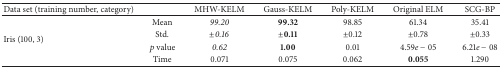
<table><thead><tr><td><b>Data set (training number, category)</b></td><td><b> </b></td><td><b>MHW-KELM</b></td><td><b>Gauss-KELM</b></td><td><b>Poly-KELM</b></td><td><b>Original ELM</b></td><td><b>SCG-BP</b></td></tr></thead><tbody><tr><td rowspan="4">Iris (100, 3)</td><td>Mean</td><td><i>99.20</i></td><td><b>99.32</b></td><td>98.85</td><td>61.34</td><td>35.41</td></tr><tr><td>Std.</td><td><i>±0.16</i></td><td><b>±0.11</b></td><td>±0.12</td><td>±0.78</td><td>±0.33</td></tr><tr><td><i>p</i> value</td><td><i>0.62</i></td><td><b>1.00</b></td><td>0.01</td><td>4.59<i>e</i> − 05</td><td>6.21<i>e</i> − 08</td></tr><tr><td>Time</td><td>0.071</td><td>0.075</td><td>0.062</td><td><b>0.055</b></td><td>1.290</td></tr></tbody></table>